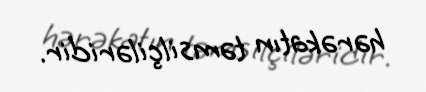
hərəkatın təmsilçiləridir.